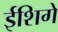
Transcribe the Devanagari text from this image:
ईशिगे